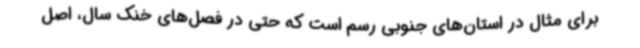
برای مثال در استان‌های جنوبی رسم است که حتی در فصل‌های خنک سال، اصل